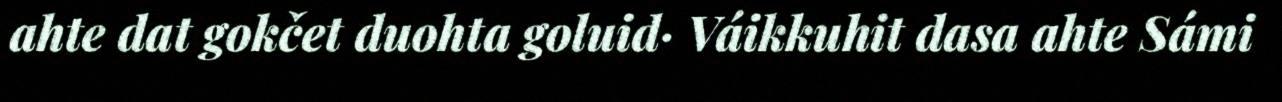
ahte dat gokčet duohta goluid· Váikkuhit dasa ahte Sámi